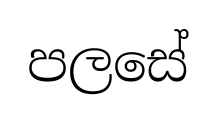
පලසේ